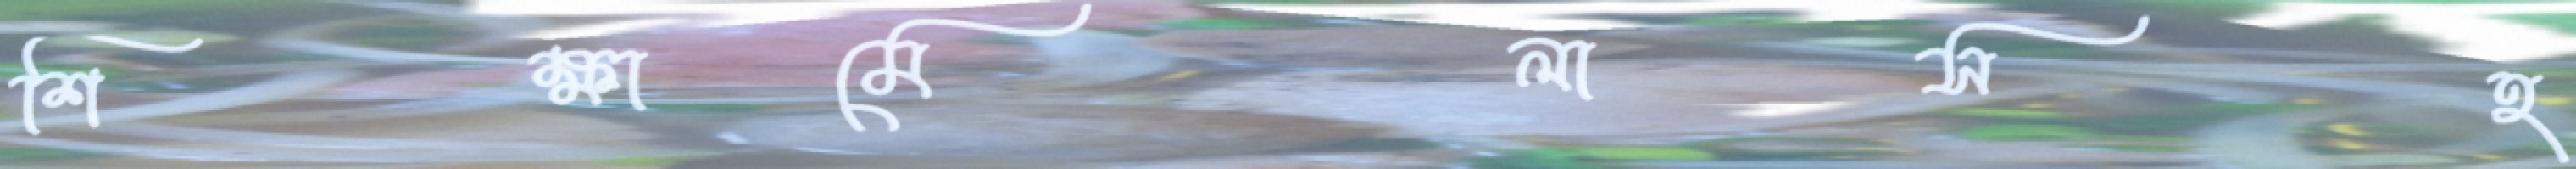
শিক্ষামেলাসহ